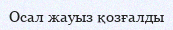
Осал жауыз қозғалды